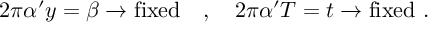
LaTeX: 2 \pi \alpha ^ { \prime } y = \beta \rightarrow \mathrm { f i x e d } ~ ~ ~ , ~ ~ ~ 2 \pi \alpha ^ { \prime } T = t \rightarrow \mathrm { f i x e d } ~ .